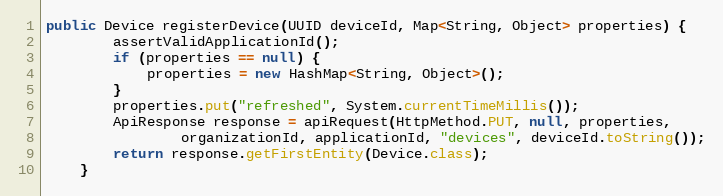
Language: Java
public Device registerDevice(UUID deviceId, Map<String, Object> properties) {
        assertValidApplicationId();
        if (properties == null) {
            properties = new HashMap<String, Object>();
        }
        properties.put("refreshed", System.currentTimeMillis());
        ApiResponse response = apiRequest(HttpMethod.PUT, null, properties,
                organizationId, applicationId, "devices", deviceId.toString());
        return response.getFirstEntity(Device.class);
    }